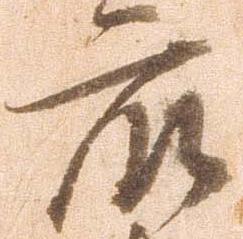
衆